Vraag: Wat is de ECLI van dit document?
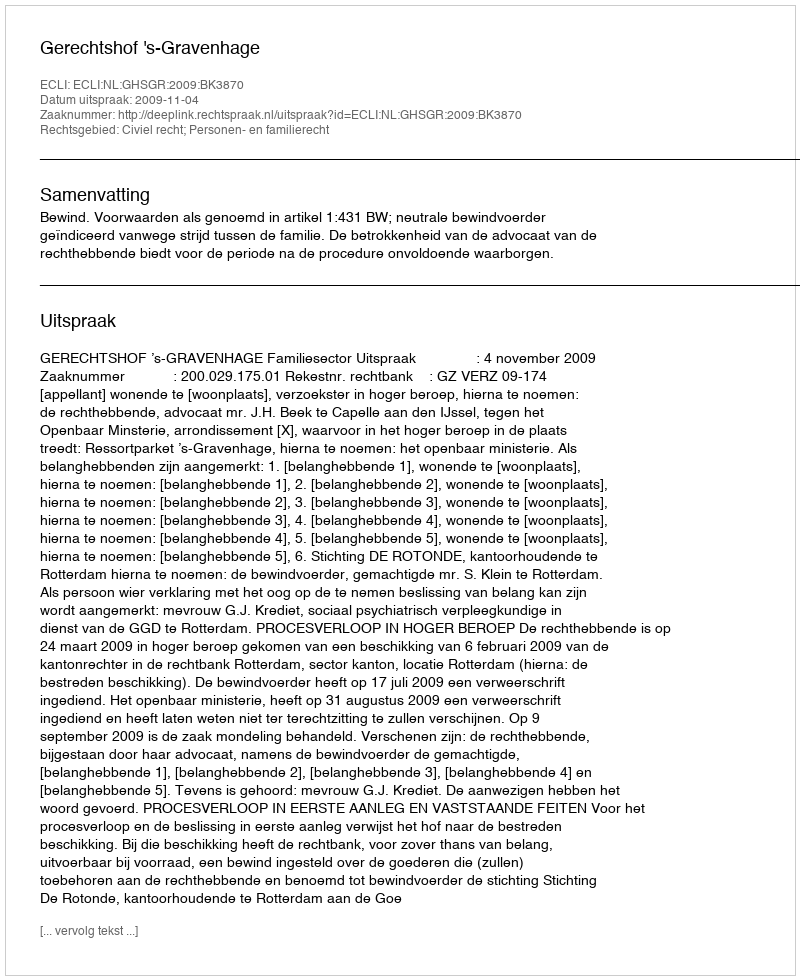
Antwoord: ECLI:NL:GHSGR:2009:BK3870